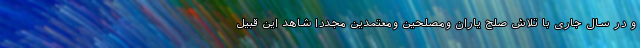
و در سال جاری با تلاش صلح یاران ومصلحین ومعتمدین مجددا شاهد این قبیل